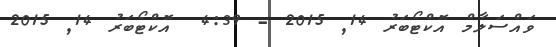
ވައްސަލާމް އޮކްޓޯބަރު 14